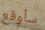
سأوقع